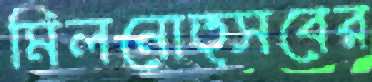
মিলনোত্সবের